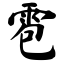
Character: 雹